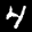
Label: 4